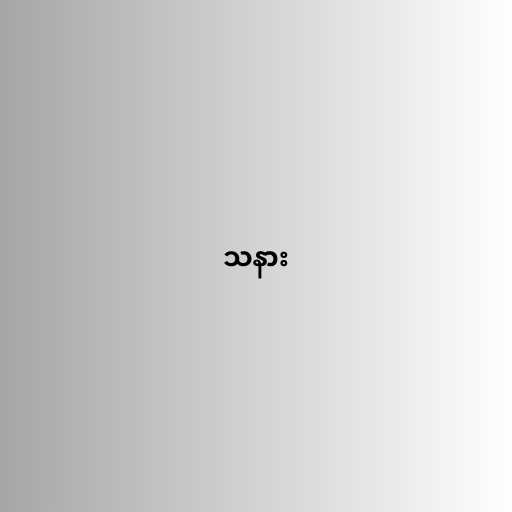
သနား